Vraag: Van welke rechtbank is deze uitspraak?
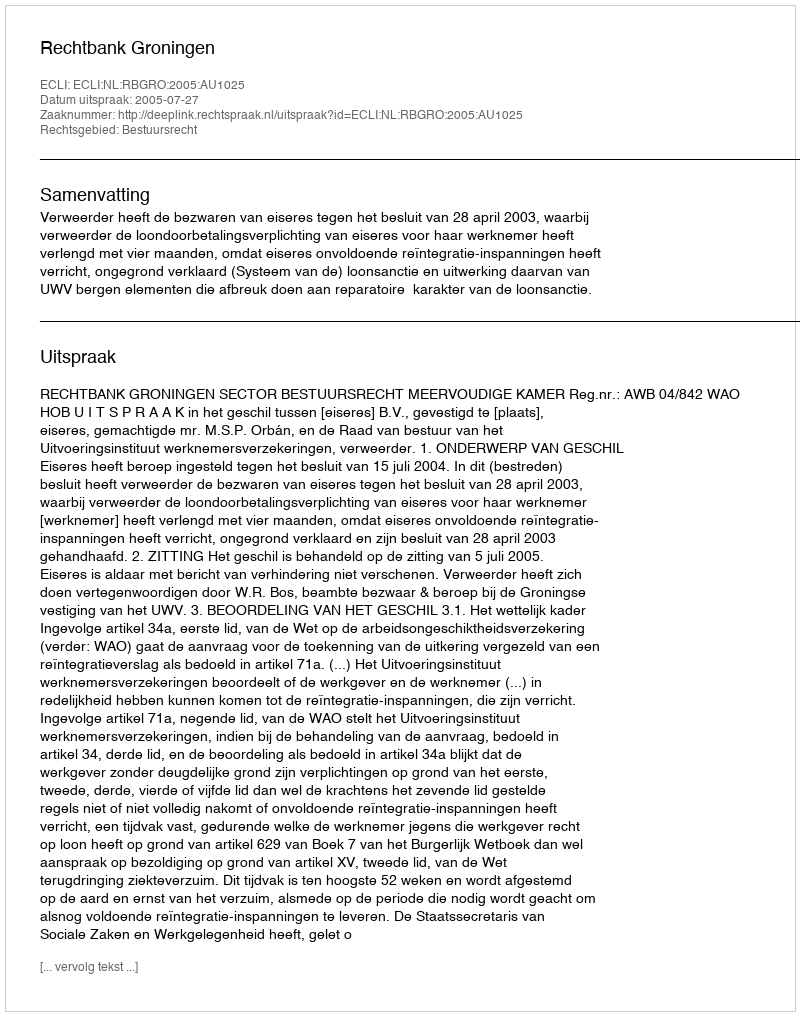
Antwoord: Rechtbank Groningen